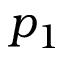
p _ { 1 }